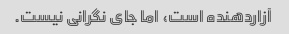
آزاردهنده است، اما جای نگرانی نیست.